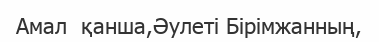
Амал  қанша,Әулеті Бірімжанның,